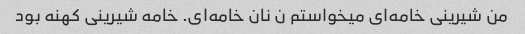
من شیرینی خامه‌ای میخواستم ن نان خامه‌ای. خامه شیرینی کهنه بود